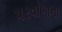
પરવાળાના